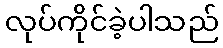
လုပ်ကိုင်ခဲ့ပါသည်